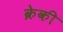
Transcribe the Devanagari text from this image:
क्रेकी